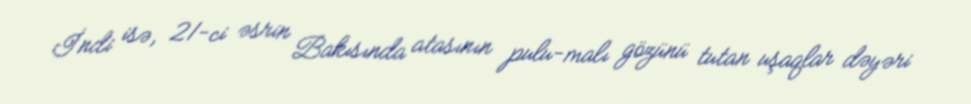
İndi isə, 21-ci əsrin Bakısında atasının pulu-malı gözünü tutan uşaqlar dəyəri